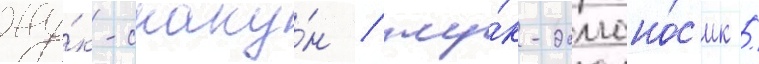
жу́к-скаку́н / жу́к-долгоно́с'ик /